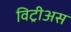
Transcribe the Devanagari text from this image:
विट्रीअस